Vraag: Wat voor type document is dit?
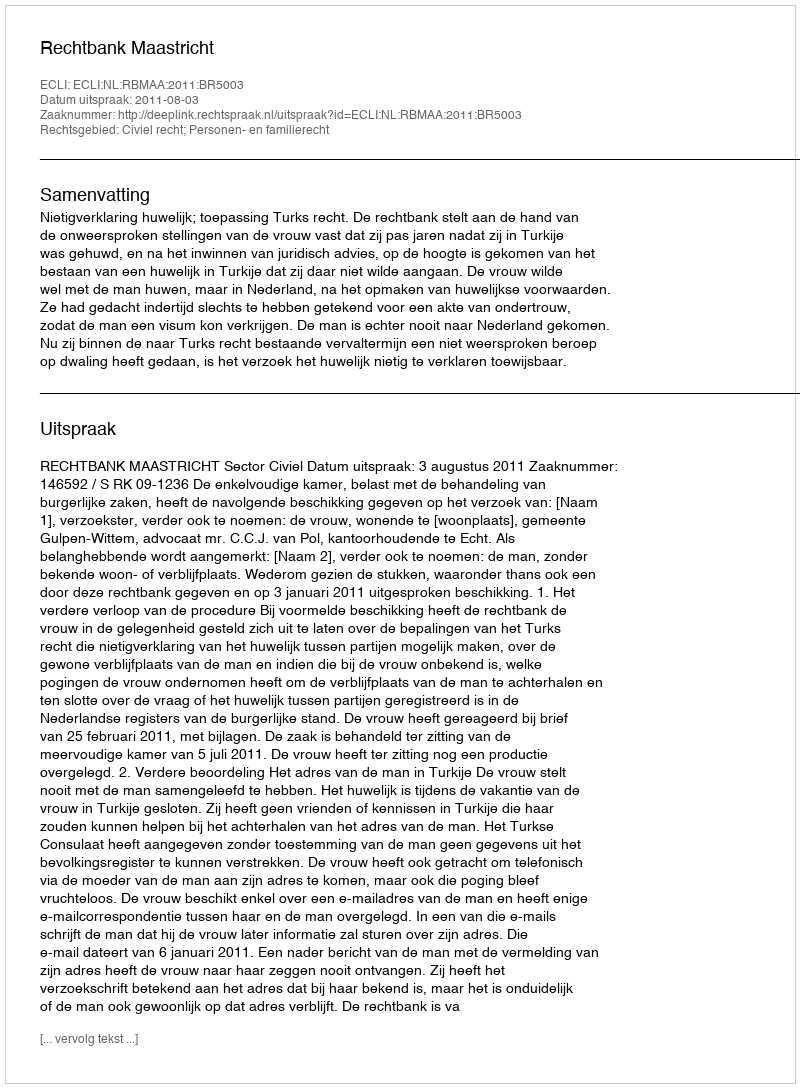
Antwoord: Uitspraak